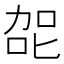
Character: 㖙